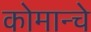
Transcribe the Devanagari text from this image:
कोमान्चे